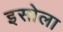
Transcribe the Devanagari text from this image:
इसोला